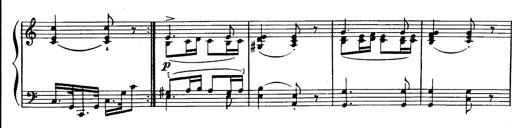
Title: Magyar dalok
Composer: Franz Liszt